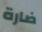
ضارة